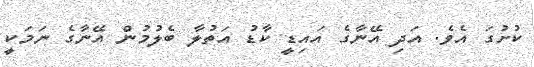
ކުށުގަ އެވެ. އަދި އޭނާގެ އައިޑީ ކާޑު އަތުލާ ބެލުމުން އޭނާގެ ނަމަކީ